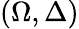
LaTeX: (\Omega,\Delta)